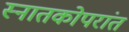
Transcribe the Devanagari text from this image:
स्नातकोपरांत